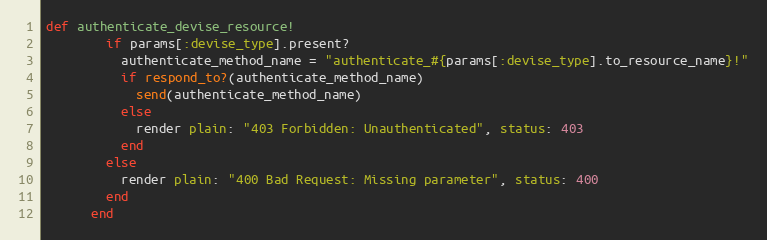
Language: Ruby
def authenticate_devise_resource!
        if params[:devise_type].present?
          authenticate_method_name = "authenticate_#{params[:devise_type].to_resource_name}!"
          if respond_to?(authenticate_method_name)
            send(authenticate_method_name)
          else
            render plain: "403 Forbidden: Unauthenticated", status: 403
          end
        else
          render plain: "400 Bad Request: Missing parameter", status: 400
        end
      end